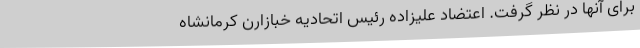
برای آنها در نظر گرفت. اعتضاد علیزاده رئیس اتحادیه خبازارن کرمانشاه